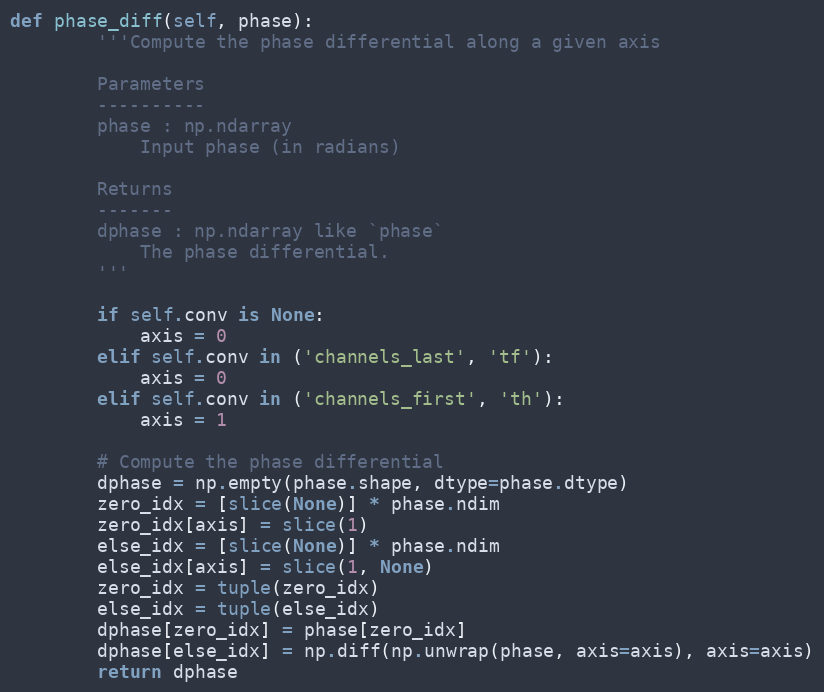
Language: Python
def phase_diff(self, phase):
        '''Compute the phase differential along a given axis

        Parameters
        ----------
        phase : np.ndarray
            Input phase (in radians)

        Returns
        -------
        dphase : np.ndarray like `phase`
            The phase differential.
        '''

        if self.conv is None:
            axis = 0
        elif self.conv in ('channels_last', 'tf'):
            axis = 0
        elif self.conv in ('channels_first', 'th'):
            axis = 1

        # Compute the phase differential
        dphase = np.empty(phase.shape, dtype=phase.dtype)
        zero_idx = [slice(None)] * phase.ndim
        zero_idx[axis] = slice(1)
        else_idx = [slice(None)] * phase.ndim
        else_idx[axis] = slice(1, None)
        zero_idx = tuple(zero_idx)
        else_idx = tuple(else_idx)
        dphase[zero_idx] = phase[zero_idx]
        dphase[else_idx] = np.diff(np.unwrap(phase, axis=axis), axis=axis)
        return dphase